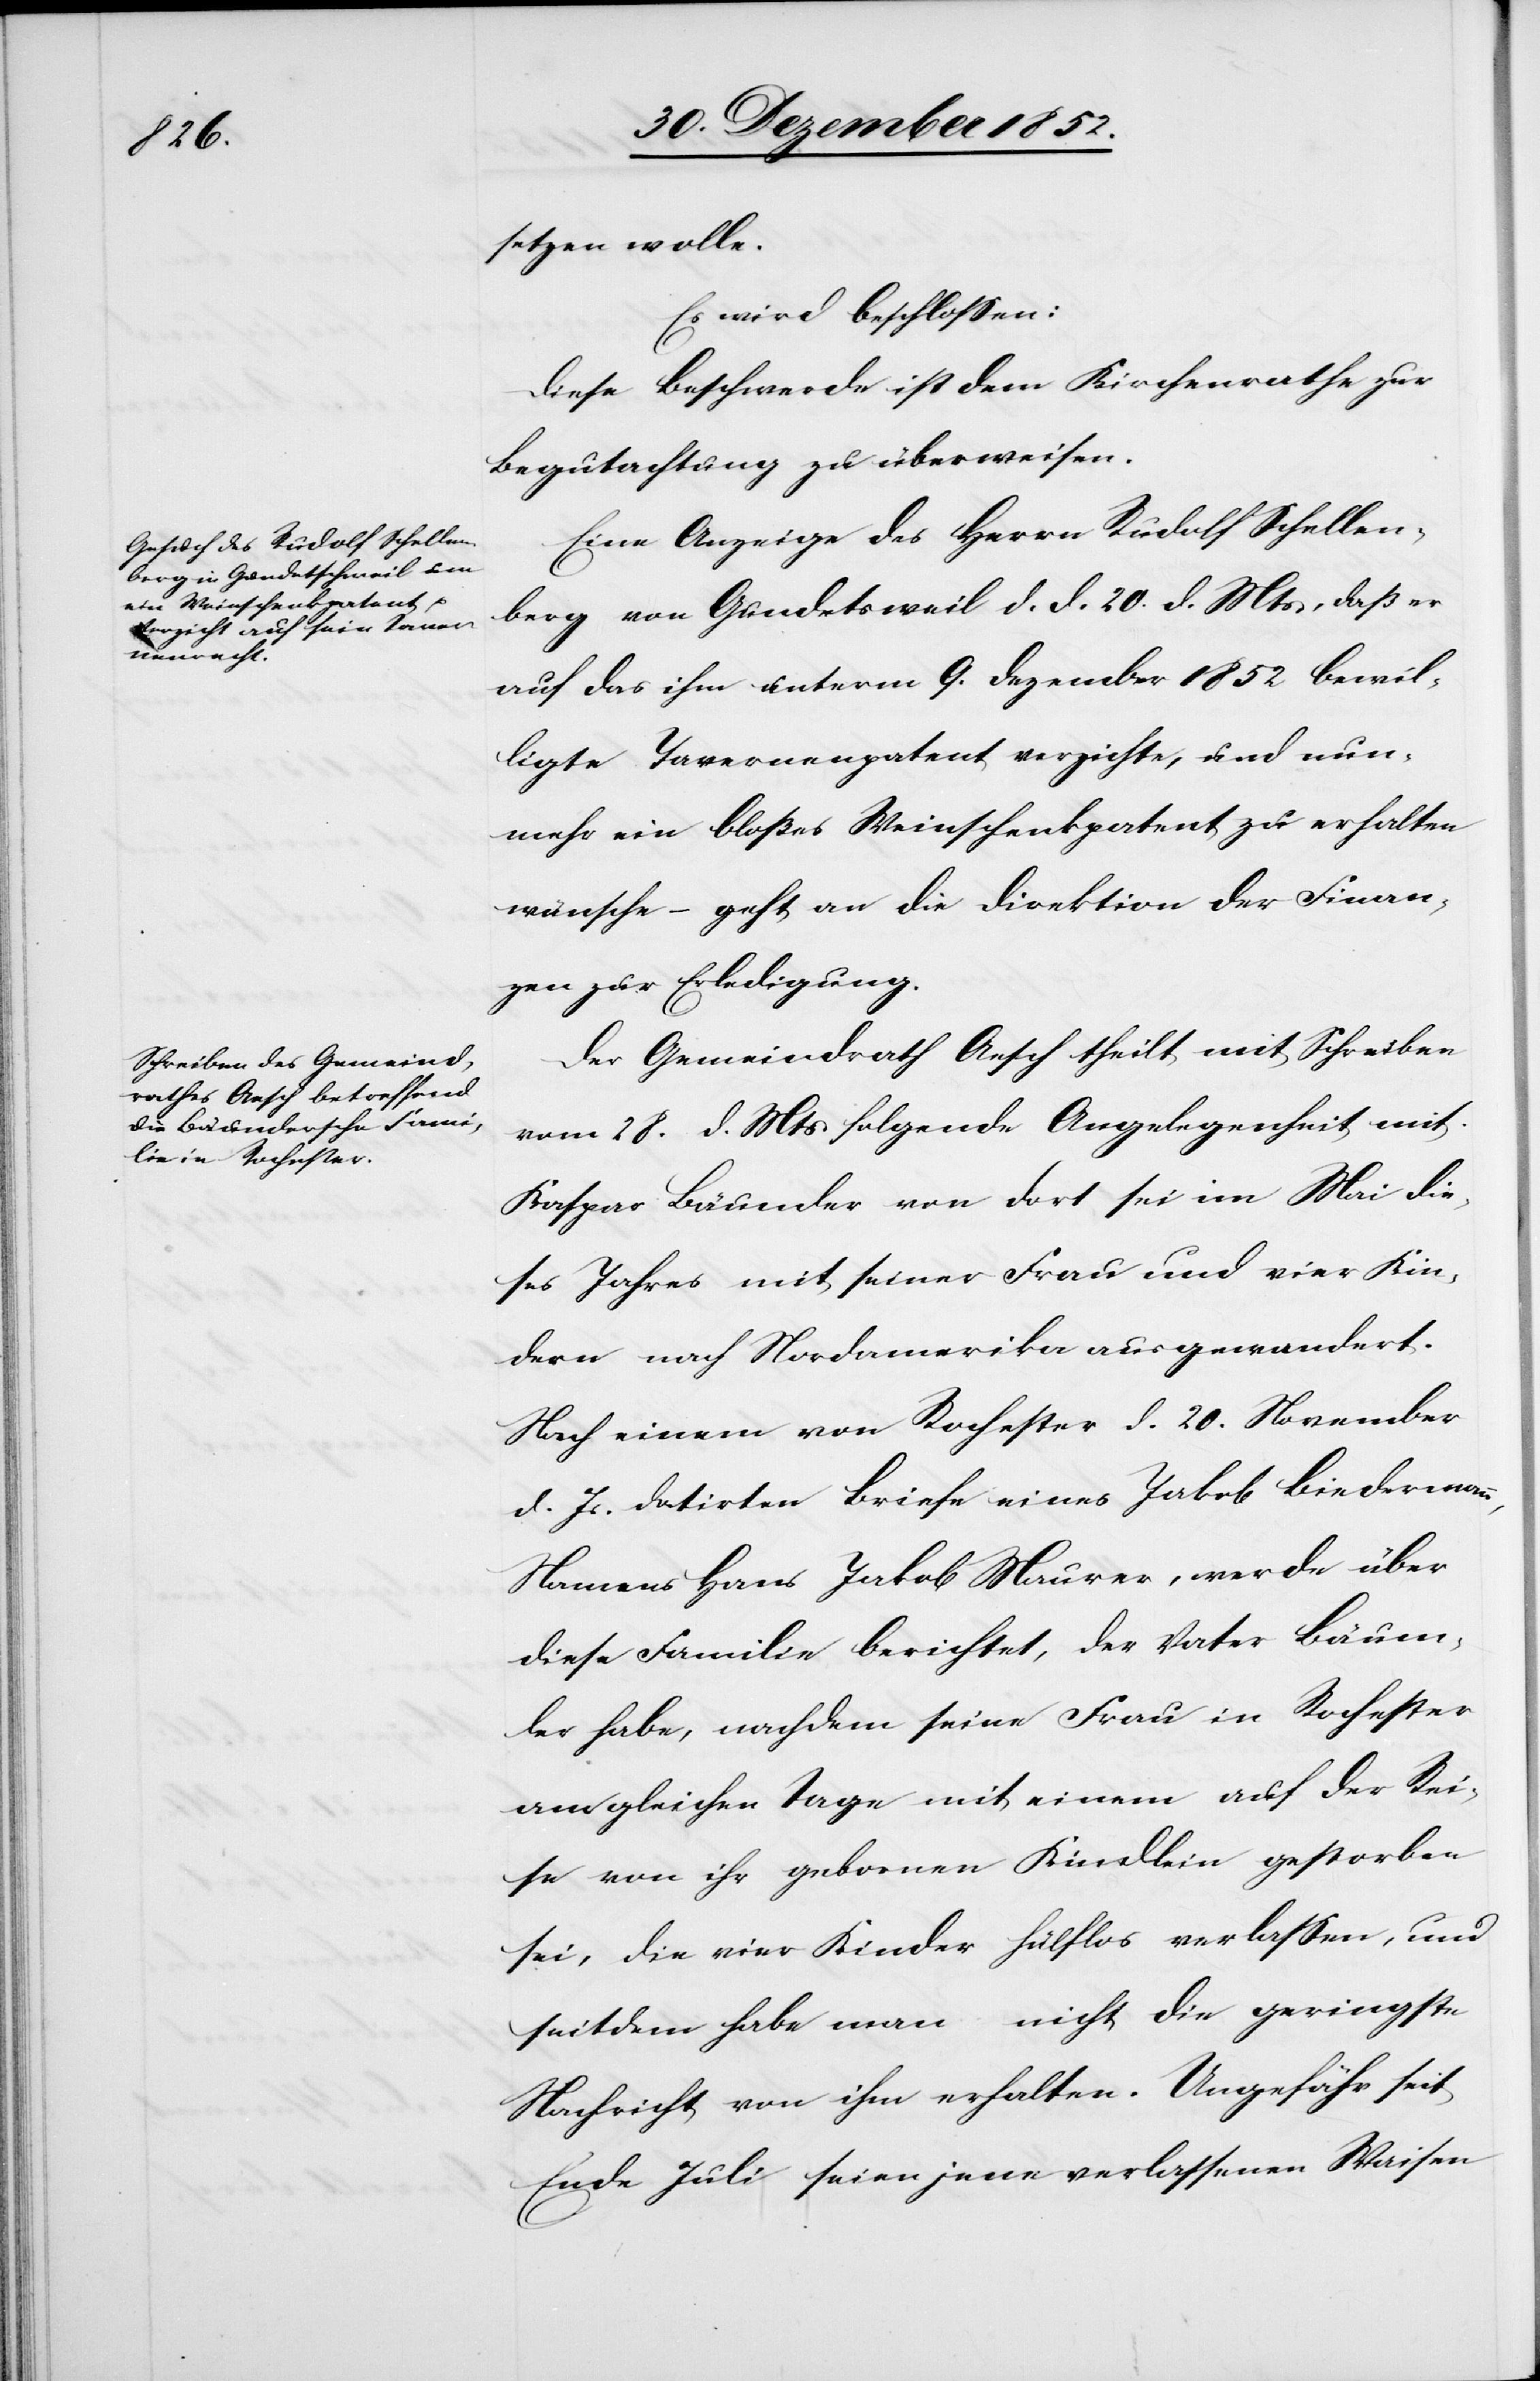
setzen wolle.
Es wird beschlossen:
Diese Beschwerde ist dem Kirchenrathe zur
Begutachtung zu überweisen.
Eine Anzeige des Herrn Rudolf Schellen¬
berg von Gundetsweil d. d. 20. d. Mts, daß er
auf das ihm unterm 9. Dezember 1852 bewil¬
ligte Tavernenpatent verzichte, und nun¬
mehr ein bloßes Weinschenkpatent zu erhalten
wünsche – geht an die Direktion der Finan¬
zen zur Erledigung.
Der Gemeindrath Aesch theilt mit Schreiben
vom 28. d. Mts folgende Angelegenheit mit.
Kaspar Bäumler von dort sei im Mai die¬
ses Jahres mit seiner Frau und vier Kin¬
dern nach Nordamerika ausgewandert.
Nach einem von Rochester d. 20. November
d. Js. datirten Briefe eines Jakob Biedermann,
Namens Hans Jakob Maurer, werde über
diese Familie berichtet, der Vater Bäum¬
ler habe, nachdem seine Frau in Rochester
am gleichen Tage mit einem auf der Rei¬
se von ihr gebornen Kindlein gestorben
sei, die vier Kinder hülflos verlassen, und
seitdem habe man nicht die geringste
Nachricht von ihm erhalten. Ungefähr seit
Ende Juli seien jene verlassenen Waisen